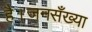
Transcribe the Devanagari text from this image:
है।जनसँख्या